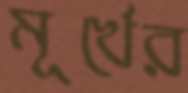
মূর্খের